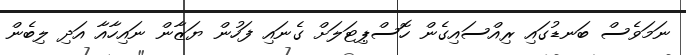
ނަމަވެސް ބަނޑުގައި ރިއްސައިގެން ހޮސްޕިޓަލަށް ގެނައި ފަހުން ޔަޒާން ނައިހާއާ އަދި ލިބެން